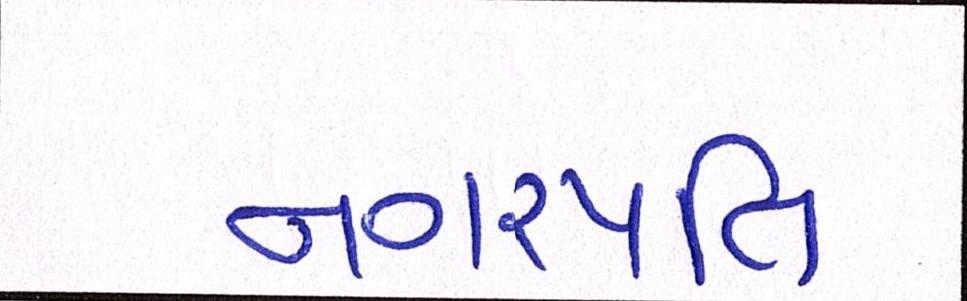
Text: નગરપતિ